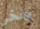
بفخر